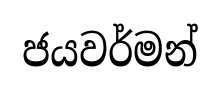
ජයවර්මන්